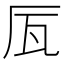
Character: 𠩅